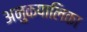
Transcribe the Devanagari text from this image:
अनुकपालिका